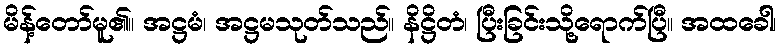
မိန့်တော်မူ၏။ အဋ္ဌမံ၊ အဋ္ဌမသုတ်သည်။ နိဋ္ဌိတံ၊ ပြီးခြင်းသို့ရောက်ပြီ။ အထခေါ၊